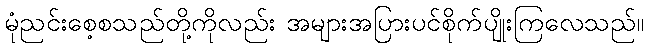
မုံညင်းစေ့စသည်တို့ကိုလည်း အများအပြားပင်စိုက်ပျိုးကြလေသည်။